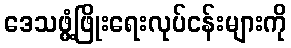
ဒေသဖွံ့ဖြိုးရေးလုပ်ငန်းများကို